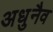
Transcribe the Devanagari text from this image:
अधुनैव